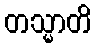
တသ္မာတိ